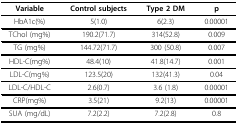
<table><thead><tr><td><b>Variable</b></td><td><b>Control subjects</b></td><td><b>Type 2 DM</b></td><td><b>p</b></td></tr></thead><tbody><tr><td>HbA1c(%)</td><td>5(1.0)</td><td>6(2.3)</td><td>0.00001</td></tr><tr><td>TChol (mg%)</td><td>190.2(71.7)</td><td>314(52.8)</td><td>0.009</td></tr><tr><td>TG (mg%)</td><td>144.72(71.7)</td><td>300 (50.8)</td><td>0.007</td></tr><tr><td>HDL-C(mg%)</td><td>48.4(10)</td><td>41.8(14.7)</td><td>0.001</td></tr><tr><td>LDL-C(mg%)</td><td>123.5(20)</td><td>132(41.3)</td><td>0.04</td></tr><tr><td>LDL-C/HDL-C</td><td>2.6(0.7)</td><td>3.6 (1.8)</td><td>0.00001</td></tr><tr><td>CRP(mg%)</td><td>3.5(21)</td><td>9.2(13)</td><td>0.00001</td></tr><tr><td>SUA (mg/dL)</td><td>7.2(2.2)</td><td>7.2(2.8)</td><td>0.8</td></tr></tbody></table>